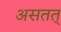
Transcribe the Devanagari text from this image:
असतत्